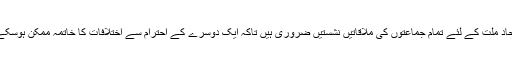
اتحاد ملت کے لئے تمام جماعتوں کی ملاقاتیں نشستیں ضروری ہیں تاکہ ایک دوسرے کے احترام سے اختلافات کا خاتمہ ممکن ہوسکے۔